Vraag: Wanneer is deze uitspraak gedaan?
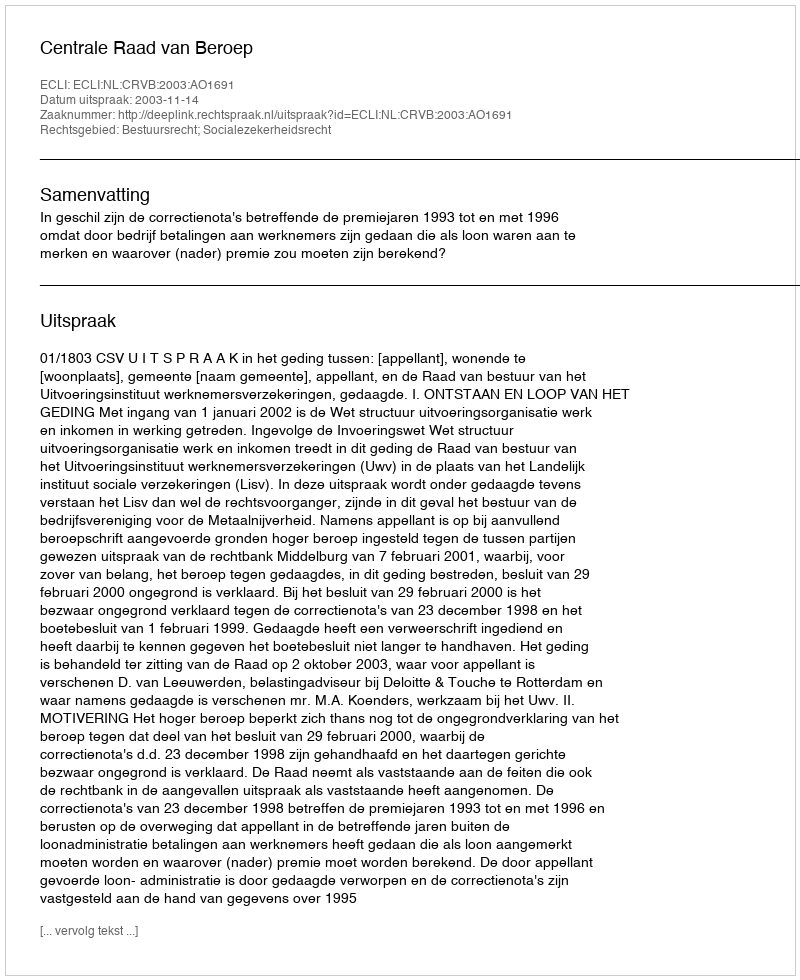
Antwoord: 2003-11-14